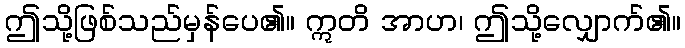
ဤသို့ဖြစ်သည်မှန်ပေ၏။ ဣတိ အာဟ၊ ဤသို့လျှောက်၏။